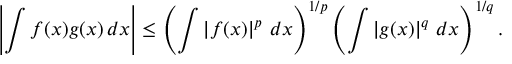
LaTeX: \left| \int f ( x ) g ( x ) \, d x \right| \leq \left( \int \left| f ( x ) \right| ^ { p } \, d x \right) ^ { 1 / p } \left( \int \left| g ( x ) \right| ^ { q } \, d x \right) ^ { 1 / q } .